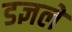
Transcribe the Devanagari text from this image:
डज्ञलें